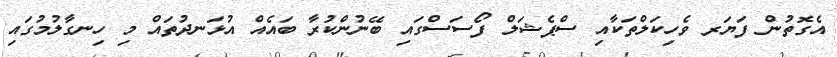
އެގޮތުން ފަޔަރ ވެހިކަލްތަކާއި ސްޕެޝަލް ފޯސަސްގައި ބޭނުންކުރާ ބައެއް އުޅަނދުތައް މި ހިނގާލުމުގައި